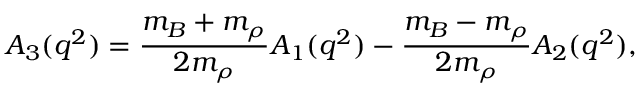
A _ { 3 } ( q ^ { 2 } ) = \frac { m _ { B } + m _ { \rho } } { 2 m _ { \rho } } A _ { 1 } ( q ^ { 2 } ) - \frac { m _ { B } - m _ { \rho } } { 2 m _ { \rho } } A _ { 2 } ( q ^ { 2 } ) ,